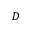
D